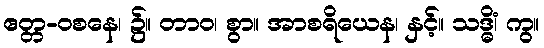
ဧတ္တ-ဝစနေ၊ ၌။ တာဝ၊ စွာ။ အာစရိယေန၊ နှင့်။ သဒ္ဓိံ၊ ကွ။